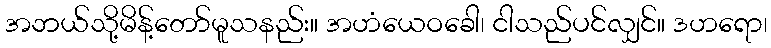
အဘယ်သို့မိန့်တော်မူသနည်း။ အဟံယေဝခေါ၊ ငါသည်ပင်လျှင်။ ဒဟရော၊